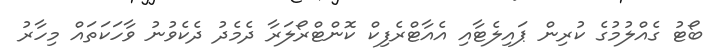
ބޯޓު ގެއްލުމުގެ ކުރިން ޕައިލެޓާއި އެއާޓްރެފިކް ކޮންޓްރޯލަރާ ދެމެދު ދެކެވުނު ވާހަކަތައް މިހާރު